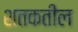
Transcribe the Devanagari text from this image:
शतकतील